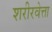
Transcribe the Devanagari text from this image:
शरीरवेत्ता